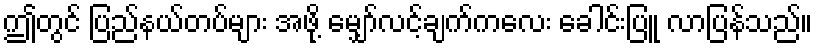
ဤတွင် ပြည်နယ်တပ်များ အဖို့ မျှော်လင့်ချက်ကလေး ခေါင်းပြူ လာပြန်သည်။